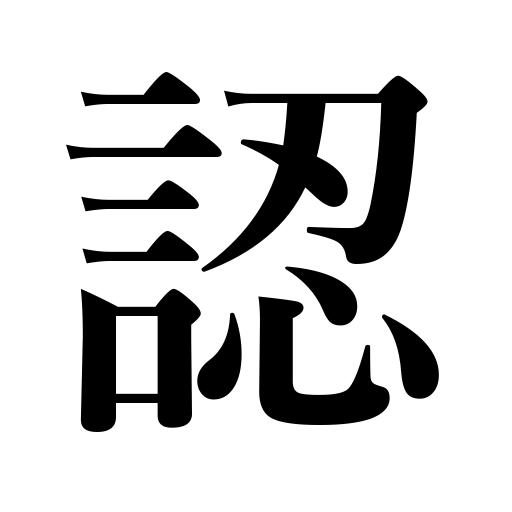
Meanings: appreciate,regard as,approve of,believe,conclude,sight,authorize,discern,witness,judge,recognize